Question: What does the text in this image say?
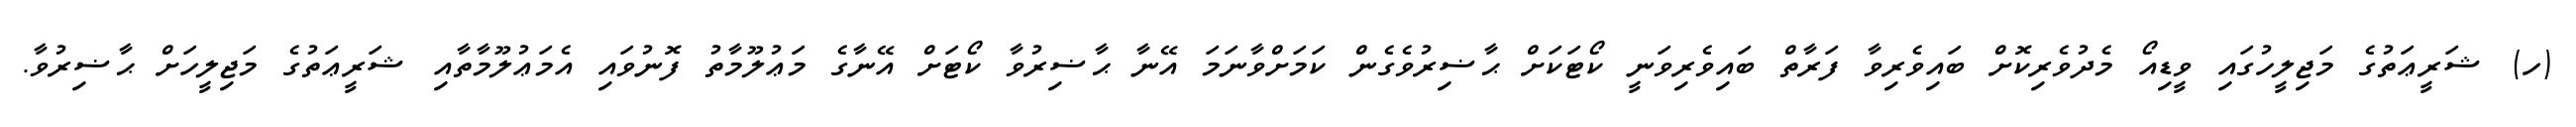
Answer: (ހ) ޝަރީޢަތުގެ މަޖިލީހުގައި ވީޑިއޯ މެދުވެރިކޮށް ބައިވެރިވާ ފަރާތް ބައިވެރިވަނީ ކޯޓަކަށް ޙާޟިރުވެގެން ކަމަށްވާނަމަ އޭނާ ޙާޟިރުވާ ކޯޓަށް އޭނާގެ މަޢުލޫމާތު ފޮނުވައި އެމަޢުލޫމާތާއި ޝަރީޢަތުގެ މަޖިލީހަށް ޙާޟިރުވާ.